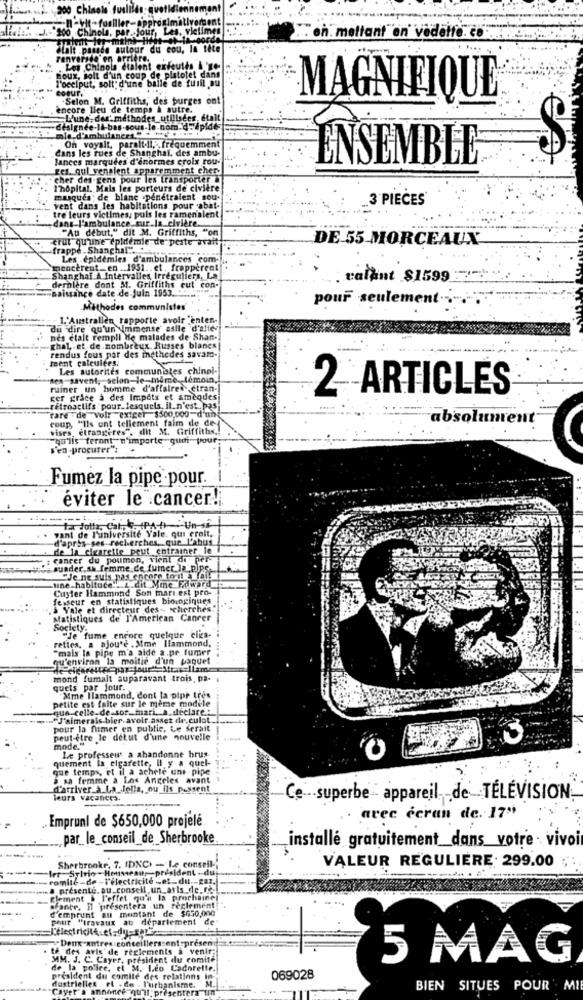
200
Inole fuslilds, quotidiennement
ES J- 200 Chinola. par. Jour, Les. vietimes
... on. mettant en vedette. co
alhit parade autour du cou, la tête
renversde en arriere.
Les Chinola dtalent extoutes L'go-
Roux, solt d'un coup de platotet
l'occiput, solt"d'une balle de fusil au
And
COOUT.
.Selon M. Griffiths, des purges ont
MAGNIFIQUE
encore lieu de temps & autre.
L'une: der'methodes utilisées, etalt
On voyalt, parait-il ,;. fréquemment
dans les rues de Shanghai. des ambu-
lances marquees d'énormes croix rou-
ENSEMBLE
ges. qui venaient apparemment cher-
cher des gens pour les transporter à
l'hôpital. Mals les porteurs de civière
masques; de blanc .penetralent sou-
3 PIECES
vent dans les habitations pour abat-
dans l'ambulance.sur.la civière.
tre leurs victimes, puis les ramenalent
"Au début," dit M. Griffiths, "on
crut qu'une epidemie de peste avait'
DE 55 MORCEAUX-
frappe - Shangha!" ....
Les .epidemies d'ambulances com.
mencèrent_en .. 1951 .. et . frappèrent
Shanghai A Intervalles Irréguliers, La
calant $1599 :7-
-naissance date de juin 1953.
dernière dont M. Griffiths cut con-
pour seulement .. "
Mithodes communistes
1. Australien rapporte avoir "enten-
du dire qu'un Immense asile d'aller
nes etalt rempli He malades de Shan-
ghal, . et de nombreux Russes blanes|
ment calculees:
rendus fous par des methedes savame-
Les autorités communistes chinoi-
tes-savent, selon-le-mime, témoin,
ruiner un homme d'affaires ctran-
ger grâce à des Impôts et amendesi
2 ARTICLES
retroactifs : pour.lesquels. il.n'est .. pas;
rare "de "volr exiger $500.000-d'un
coup, "Ils ont tellement faim de de-
absolument
vises, étrangères", dit M. Griffiths .!
"qu'ils feront"n'importe quoi-pour;
'en -procurer":
Fumez la pipe pour.
éviter le cancer!
folla, Cal CIOUn-si
vant de l'université Vale. qui croit,
d'après ses recherches, que L'abus
de la cigarette peut entrainer le
cancer du poumon, vient de per-
suader, sa femme.de fumer la PiPS-
"Je ne suis pas encore torna fait
-une habituce"
Cuyler Hammond Son mari est pro-
dit Mme Edward
fesseur en statistiques biologiques
& Yale et directeur des- scherches."
Matistiques de l'American Cancer
Society.
rettes, a ajoute . Mme llammond,
"Je fume encore quelque clica-
"mais la pipe m'a aide a.pe tumer
au'environ la moitié d'un paquet
mond fumalt auparavant trois, pa-
quets par jour.
petite est faite sur le meme modele
Mme Hammond, dont la pipe tres
que celle.de sor-fuari ._ a_declare:
J'aimerais bier avoir.assez de.culot_1
pour la fumer en public. Le serait
peut-être le detut d'une nouvelle
mode."
quement la cigarette, il y a quel-
Le professew a abandonne hrus
que temps, et il a achele unt pipe
5 sa femme a Los Angeles avant
d'arriver à La Jolla, ou ils passent
leurs vacances.
C ... superbe appareil de TELEVISION
Emprunt de $650,000 projelé
avec écran de. 17"
par le_conseil_de_Sherbrooke
installé gratuitement_dans_votre . vivoi
VALEUR REGULIERE: 299.00
Ier-Sylvio -Housseaus-président - du!
Sherbrooke. 7. (DXC) - Le conseil -;
-comité-de -l'électricité _et-du .- zaz.
a presente. au conseil ,un_asis_de.re-
Element > l'effet qu'a la prochaine
d'emprunt an montant de $650,000
Fante. il presentera un reglement
pour "travaux at département de"
celllerssent-pré
te des avis de reciements a venir
MM. J. C. Cayer, président du comité
5 MAG
de la police, el M. Leo Cadorelie
president du comité des relations
dustrielles et . de
069028
Cayera
once qu'il presentera
. l'urbanisme.
BIEN SITUES POUR MI